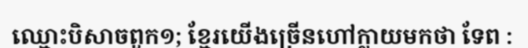
ឈ្មោះបិសាចពួក១; ខ្មែរយើងច្រើនហៅក្លាយមកថា ទែព :